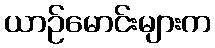
ယာဉ်မောင်းများက